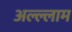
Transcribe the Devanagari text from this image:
अल्ल्लाम